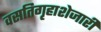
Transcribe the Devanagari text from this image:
वसतिगृहाशेजारी